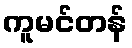
ကူမင်တန်